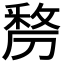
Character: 𭄐